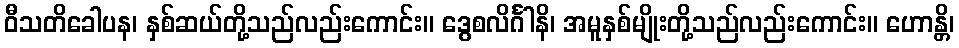
ဝီသတိခေါပန၊ နှစ်ဆယ်တို့သည်လည်းကောင်း။ ဒွေစလိင်္ဂါနိ၊ အမူနှစ်မျိုးတို့သည်လည်းကောင်း။ ဟောန္တိ၊